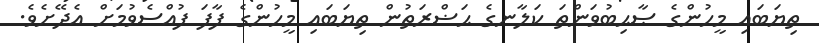
ތިޔަބައި މީހުންގެ ޞާޙިބުވަންތަ ކަލާނގެ ޙަޟްރަތުން ތިޔަބައި މީހުންގެ ފާފަ ފުއްސެވުމަށް އެދޭށެވެ.